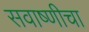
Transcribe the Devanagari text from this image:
सवाष्णीचा